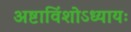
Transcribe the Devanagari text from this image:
अष्टाविंशोऽध्यायः